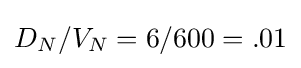
D_{N}/V_{N}=6/600=.01